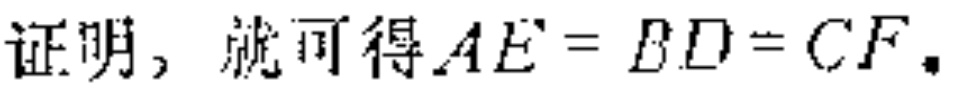
证明，就可得\(AE = BD = CF\)。